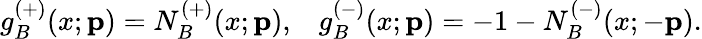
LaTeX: g_{B}^{(+)}(x;{\mathbf p})=N_{B}^{(+)}(x;{\mathbf p}),\; \; \; g_{B}^{(-)}(x;{\mathbf p})=-1-N_{B}^{(-)}(x;-{\mathbf p}).